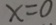
x = 0